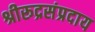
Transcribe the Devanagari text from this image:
श्रीरूद्रसंप्रदाय